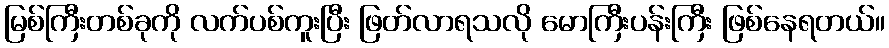
မြစ်ကြီးတစ်ခုကို လက်ပစ်ကူးပြီး ဖြတ်လာရသလို မောကြီးပန်းကြီး ဖြစ်နေရတယ်။